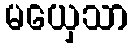
မယှေသာ